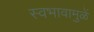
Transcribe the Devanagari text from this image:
स्वभावामुळें